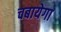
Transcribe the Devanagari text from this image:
चबायेगा